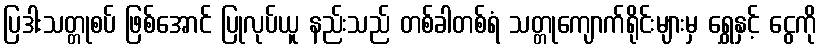
ပြဒါးသတ္တုစပ် ဖြစ်အောင် ပြုလုပ်ယူ နည်းသည် တစ်ခါတစ်ရံ သတ္တုကျောက်ရိုင်းများမှ ရွှေနှင့် ငွေကို